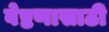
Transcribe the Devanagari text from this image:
वेष्टणासाठी